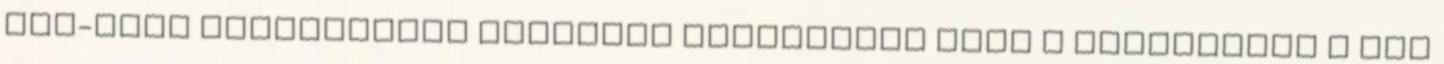
PDF-ként Nyomtatható változat Hivatkozás erre a változatra A lap